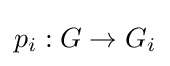
p_{i}:G\to G_{i}